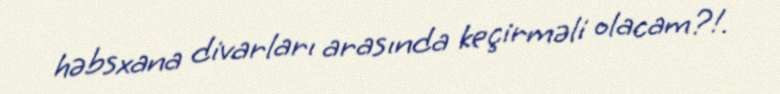
həbsxana divarları arasında keçirməli olacam?!.